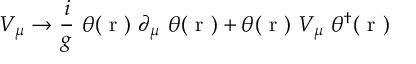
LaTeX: V _ { \mu } \rightarrow \frac { i } { g } ~ \theta ( \mathrm { \boldmath ~ r ~ } ) ~ \partial _ { \mu } ~ \theta ( \mathrm { \boldmath ~ r ~ } ) + \theta ( \mathrm { \boldmath ~ r ~ } ) ~ V _ { \mu } ~ \theta ^ { \dag } ( \mathrm { \boldmath ~ r ~ } )